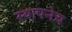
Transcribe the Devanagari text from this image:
स्थापनेच